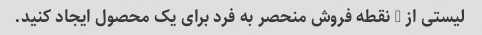
لیستی از 5 نقطه فروش منحصر به فرد برای یک محصول ایجاد کنید.